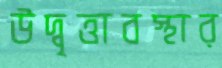
উদ্বৃত্তাবস্থার